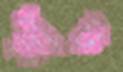
ডাঁট